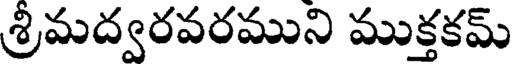
శ్రీమద్వరవరముని ముక్తకమ్